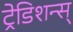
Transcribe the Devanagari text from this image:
ट्रेडिशन्स्‌